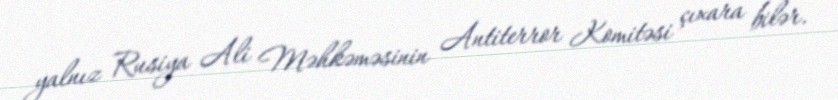
yalnız Rusiya Ali Məhkəməsinin Antiterror Komitəsi çıxara bilər.